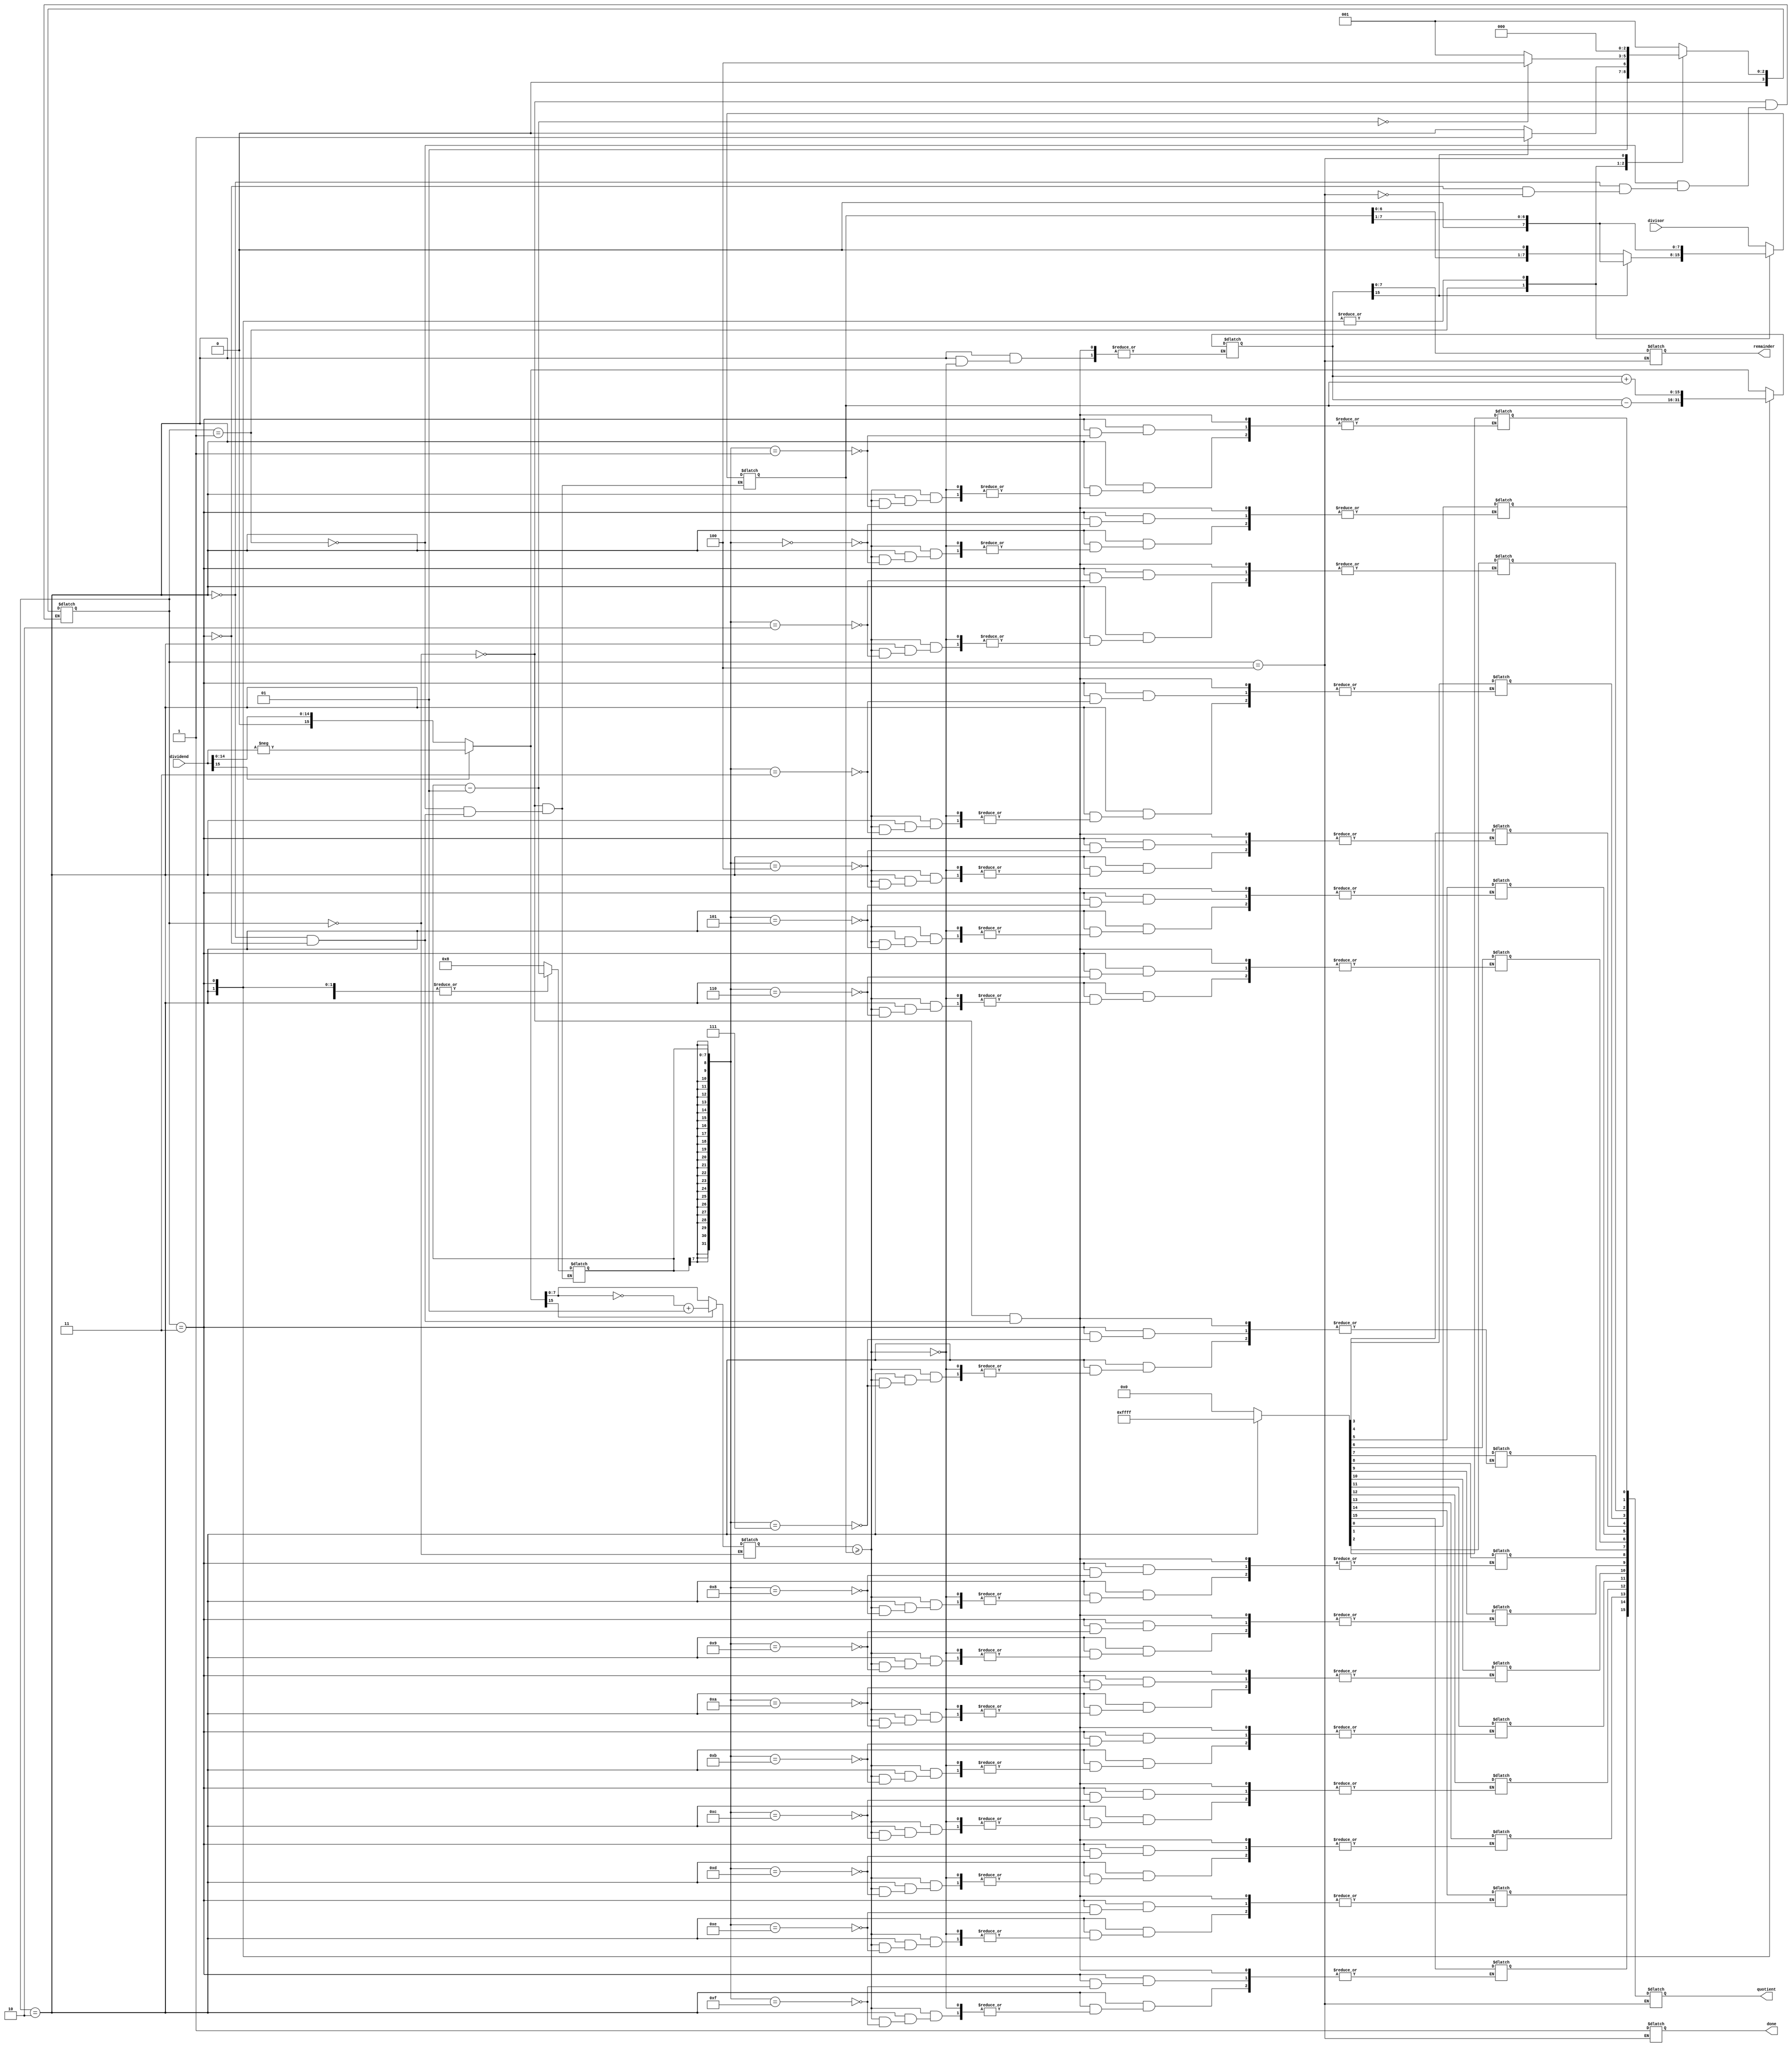
module fast_division (
  input wire signed [15:0] dividend,
  input wire signed [7:0] divisor,
  output reg signed [15:0] quotient,
  output reg signed [7:0] remainder,
  output reg done
);

  reg signed [15:0] div_op;
  reg signed [7:0] div_op_abs;
  reg signed [7:0] shift_reg;
  reg signed [15:0] quotient_reg;
  reg signed [7:0] count;
  reg [3:0] state;
  
  always @(*) begin
    case (state)
      0: begin
        if (dividend[15] == 1)
          div_op = -dividend;
        else
          div_op = dividend;
        div_op_abs = (div_op[15] == 1) ? (~div_op + 1) : div_op;
        shift_reg = divisor;
        count = 8;
        quotient_reg = 0;
        state = 1;
      end
      1: begin
        if (div_op[15] == 1'b0) begin
          shift_reg = shift_reg << 1;
          count = count - 1;
          state = 2;
        end
        else begin
          shift_reg = shift_reg >> 1;
          count = count - 1;
          state = 3;
        end
      end
      
      2: begin
        if (div_op_abs >= shift_reg) begin
          div_op = div_op - shift_reg;
          quotient_reg[count] = 1;
        end
        shift_reg = shift_reg >> 1;
        count = count - 1;
        if (count == 0)
          state = 4;
        else
          state = 1;
      end
      
      3: begin
        div_op = div_op + shift_reg;
        quotient_reg[count] = 0;
        shift_reg = shift_reg >> 1;
        count = count - 1;
        if (count == 0)
          state = 4;
        else
          state = 1;
      end
      
      4: begin
        remainder = div_op;
        quotient = quotient_reg;
        done = 1;
        state = 0;
      end
    endcase
  end
  
endmodule